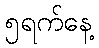
၅ရက်နေ့